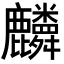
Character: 𪋷